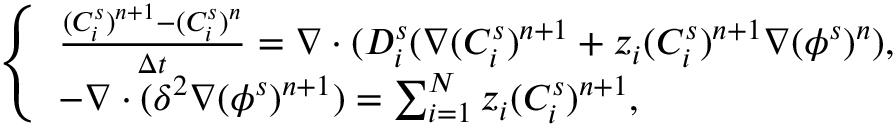
\left\{ \begin{array} { l } { \frac { ( C _ { i } ^ { s } ) ^ { n + 1 } - ( C _ { i } ^ { s } ) ^ { n } } { \Delta t } = \nabla \cdot ( D _ { i } ^ { s } ( \nabla ( C _ { i } ^ { s } ) ^ { n + 1 } + z _ { i } ( C _ { i } ^ { s } ) ^ { n + 1 } \nabla ( \phi ^ { s } ) ^ { n } ) , } \\ { - \nabla \cdot ( \delta ^ { 2 } \nabla ( \phi ^ { s } ) ^ { n + 1 } ) = \sum _ { i = 1 } ^ { N } z _ { i } ( C _ { i } ^ { s } ) ^ { n + 1 } , } \end{array} \right.